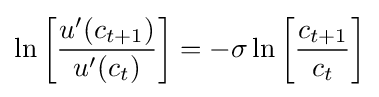
\ln \left[{\frac {u'(c_{t+1})}{u'(c_{t})}}\right]=-\sigma \ln \left[{\frac {c_{t+1}}{c_{t}}}\right]